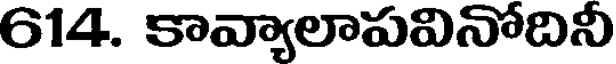
614. కావ్యాలాపవినోదినీ